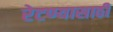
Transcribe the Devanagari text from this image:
रेटण्यासाठी